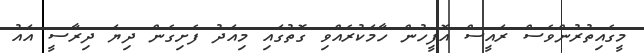
މީގެއިތުރުންވެސް ރައީސް އޮފީހުން ހާމަކުރެއްވި ގޮތުގައި މިއަދު ފެށިގެން ދިޔަ ދިރާސީ އައު